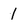
Character: 1